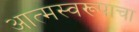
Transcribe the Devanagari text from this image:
आत्मस्वरूपाचा